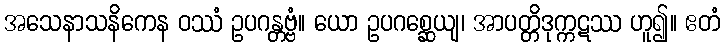
အသေနာသနိကေန ဝဿံ ဥပဂန္တဗ္ဗံ။ ယော ဥပဂစ္ဆေယျ၊ အာပတ္တိဒုက္ကဋဿ ဟူ၍။ ဧတံ